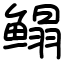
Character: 鳎